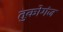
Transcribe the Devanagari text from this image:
तुकोगंज